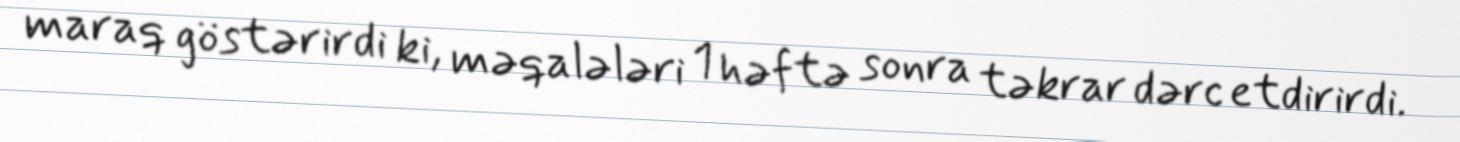
maraq göstərirdi ki, məqalələri 1 həftə sonra təkrar dərc etdirirdi.